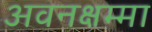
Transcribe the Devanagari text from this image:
अवनक्षम्मा